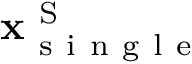
\mathbf { x } _ { \mathrm { ~ s ~ i ~ n ~ g ~ l ~ e ~ } } ^ { \mathrm { ~ S ~ } }